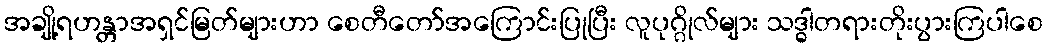
အချို့ရဟန္တာအရှင်မြတ်များဟာ စေတီတော်အကြောင်းပြုပြီး လူပုဂ္ဂိုလ်များ သဒ္ဓါတရားတိုးပွားကြပါစေ